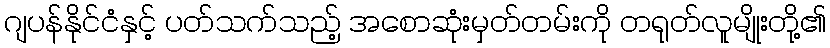
ဂျပန်နိုင်ငံနှင့် ပတ်သက်သည့် အစောဆုံးမှတ်တမ်းကို တရုတ်လူမျိုးတို့၏